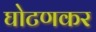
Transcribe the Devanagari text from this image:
घोटणकर